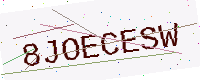
Text: 8JOECESW